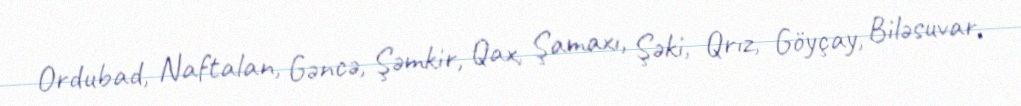
Ordubad, Naftalan, Gəncə, Şəmkir, Qax, Şamaxı, Şəki, Qrız, Göyçay, Biləsuvar,